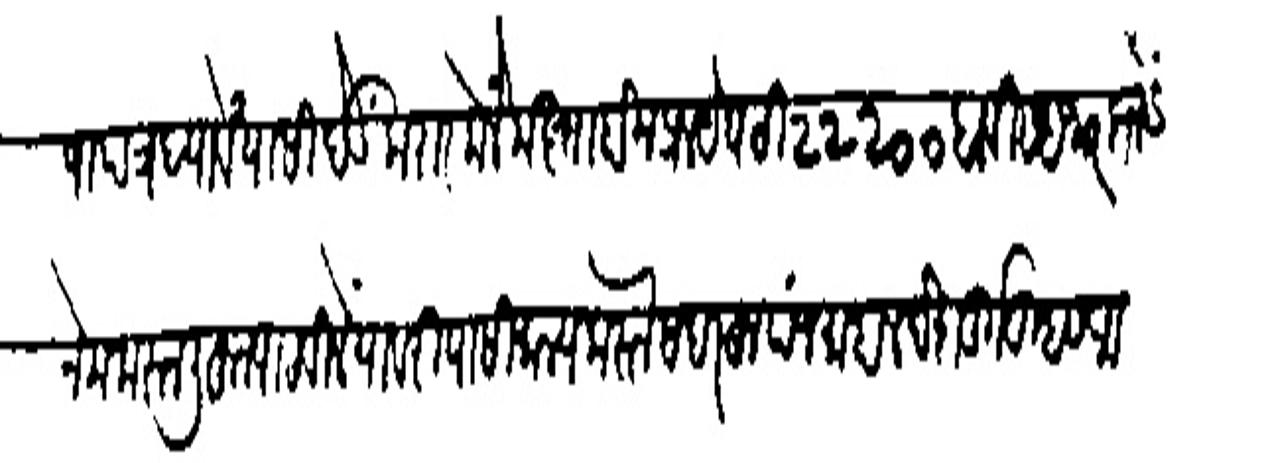
Transliteration (Devanagari): पापत्र चावें यासी बेऊं करार केलें मस्ता होन प्रलयेघटी २२२०० बाबीस हजार बोनसे
नेम करन लिहून पाठविलें याबरी यासी मान्य करन सबरहू पंजमहाल देशबुर्ग तुम्हास आ